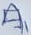
Text: A1